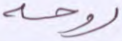
روحه